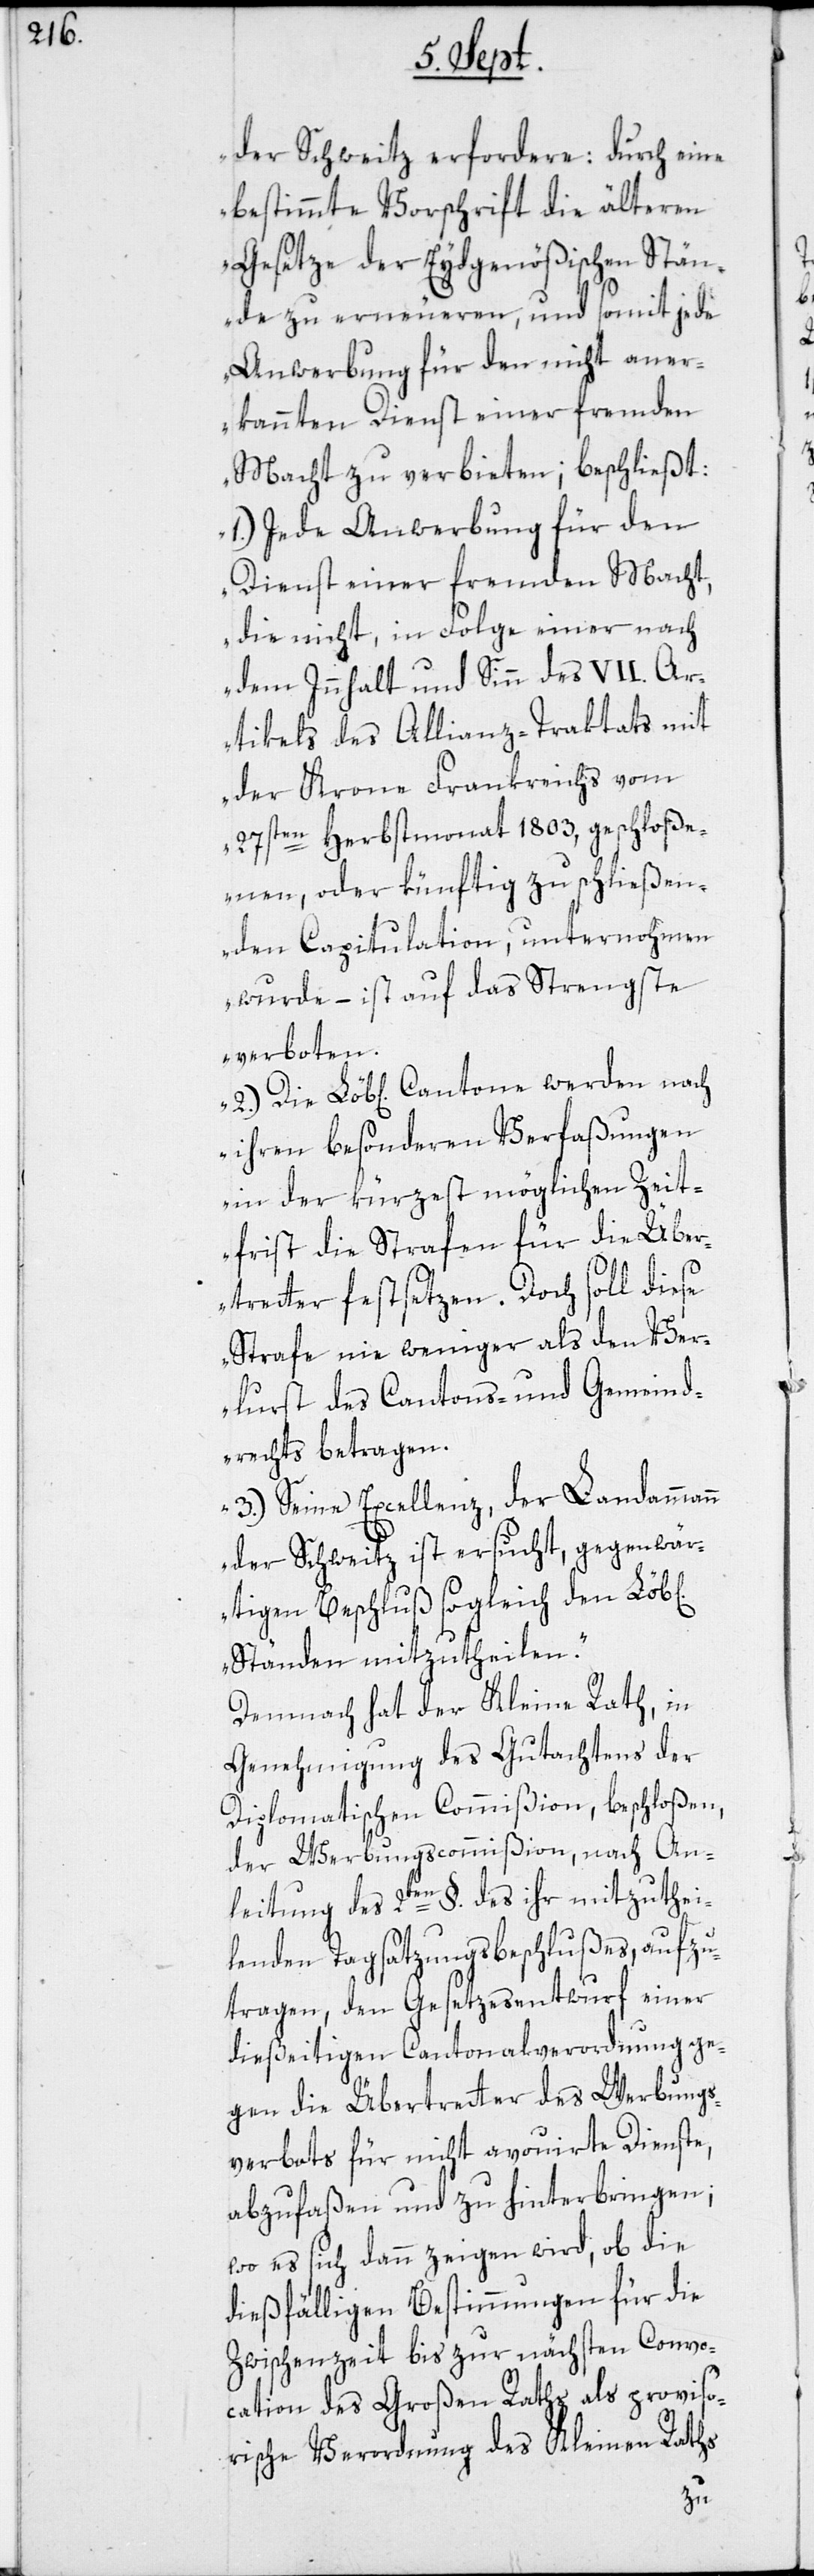
ichen]
der Schweitz erfordere: Durch eine
bestimmte Vorschrift die älteren
Gesetze der Eydgenößischen Stän¬
de zu erneueren, und somit jede
Anwerbung für den nicht aner¬
kannten Dienst einer fremden
Macht zu verbieten; beschließt:
1.) Jede Anwerbung für den
Dienst einer fremden Macht,
die nicht, in Folge einer nach
dem Innhalt und Sinn des VII. Ar¬
tikels des Allianz-Traktats mit
der Krone Frankreichs vom
27sten Herbstmonat 1803, geschloße¬
nen, oder künftig zu schließen¬
den Capitulation, unternohmen
wurde, – ist auf das Strengste
verboten.
ihren besonderen Verfaßungen
in der kürzest möglichen Zeit¬
frist die Strafen für die Über¬
tretter festsetzen. Doch soll diese
Strafe nie weniger als den Ver¬
lurst des Cantons- und Gemeind¬
rechts betragen.
3.) Seine Excellenz, der Landammann
der Schweitz ist ersucht, gegenwär¬
tigen Beschluß sogleich den Löb[l¬
Ständen mitzutheilen.“
Demnach hat der Kleine Rath, in
Genehmigung des Gutachtens der
Diplomatischen Commißion, beschloßen,
der Werbungscommißion, nach An¬
leitung des 2ten §. des ihr mitzuthei¬
lenden Tagsatzungsbeschlußes, aufzu¬
tragen, den Gesetzesentwurf einer
dießeitigen Cantonalverordnung ge¬
gen die Übertretter des Werbungs¬
verbots für nicht avouirte Dienste,
abzufaßen und zu hinterbringen;
wo es sich dann zeigen wird, ob die
dießfälligen Bestimmungen für die
Zwischenzeit bis zur nächsten Convo¬
cation des Großen Raths als proviso¬
rische Verordnung des Kleinen Raths